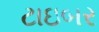
ટાઇબર